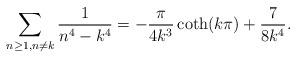
LaTeX: \begin{align*}\sum_{\substack{{n\geq1},{n\neq{k}}}}\frac{1}{{n}^4-{{k}^4}}=-\frac{\pi}{4k^3}\coth(k\pi)+\frac{7}{8k^4}.\end{align*}